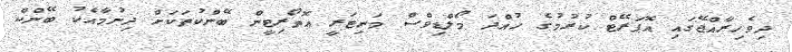
ދިވެހިރާއްޖޭގައި އޮޕަރޭޓް ކުރުމުގެ ހުއްދަ މޯލްޑިވްސް މަނިޓަރީ އޮތޯރިޓީން ބޭންކުތަކަށް ދިނުމާއެކު ބޭންކް